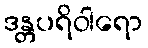
ဒန္တပရိဝါရော